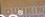
dunkin